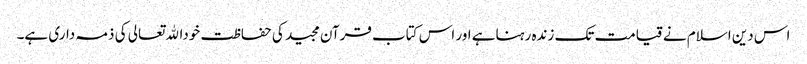
اس دین اسلام نے قیامت تک زندہ رہناہے اور اس کتاب قرآن مجید کی حفاظت خوداﷲتعالی کی ذمہ داری ہے۔